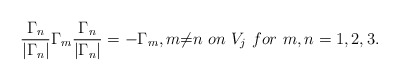
\begin{align*}\frac{{\Gamma}_{n}}{|{\Gamma}_{n}|}{\Gamma}_{m} \frac{{\Gamma}_{n}}{|{\Gamma}_{n}|}=-{\Gamma}_{m},m{\neq}n~ on~ V_j~ for~ m,n=1,2,3.\end{align*}